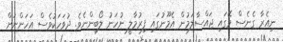
ނިއެރާ ގެނެސް މޭގައި ޖައްސާލަމުން އެމޫނުގައި ފިރުމާލީ ނުހަނު ލޯބިންނެވެ. ދުވަހަކުވެސް އަހަންނަށް